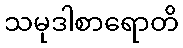
သမုဒါစာရောတိ